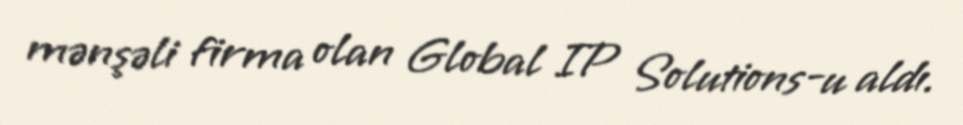
mənşəli firma olan Global IP Solutions-u aldı.